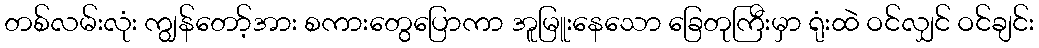
တစ်လမ်းလုံး ကျွန်တော့်အား စကားတွေပြောကာ အူမြူးနေသော ခြေတုကြီးမှာ ရုံးထဲ ဝင်လျှင် ဝင်ချင်း